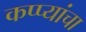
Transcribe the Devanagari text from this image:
कप्प्यांचा